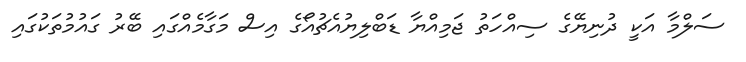
ސަލްމާ އަކީ ދުނިޔޭގެ ސިއްހަތު ޖަމިއްޔާ ޑަބްލިޔުއެޗުއޯގެ އިސް މަގާމެއްގައި ބޭރު ގައުމުތަކުގައި